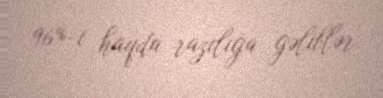
96%-i haqda razılığa gəliblər.